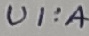
Text: UI:A